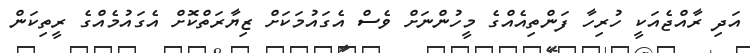
އަދި ރާއްޖެއަކީ ހުރިހާ ފަންތިއެއްގެ މީހުންނަށް ވެސް އެގައުމަކަށް ޒިޔާރަތްކޮށް އެގައުމެއްގެ ރީތިކަން